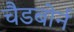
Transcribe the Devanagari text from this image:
चैडबोर्न